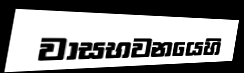
වාසභවනයෙහි